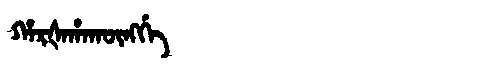
Manchu: ᡥᠠᡵᡧᠠᡥᠠᡴᡡᠩᡤᡝ
Romanization: HARŠAHAKŪNGGE